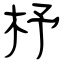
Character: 杼